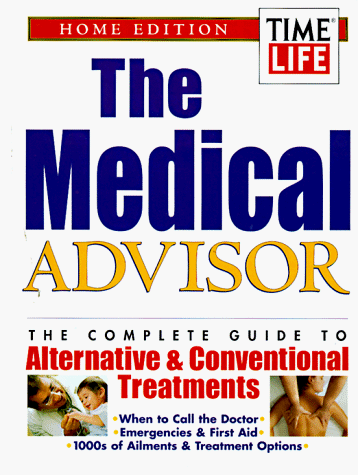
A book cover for The Medical Advisor: The Complete Guide to Alternative & Conventional Treatments : Home Edition; Health, Fitness & Dieting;